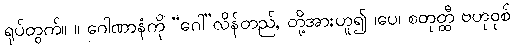
ရုပ်တွက်။ ။ ဂေါဏာနံကို “ဂေါ”လိန်တည်, တို့အားဟူ၍ ၊ပေ၊ စတုတ္ထီ ဗဟုဝုစ်